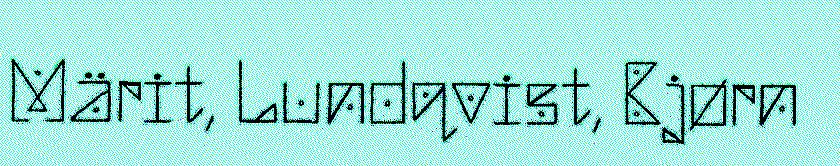
Märit, Lundqvist, Bjørn